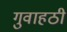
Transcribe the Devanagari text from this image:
गुवाहठी